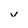
Character: v